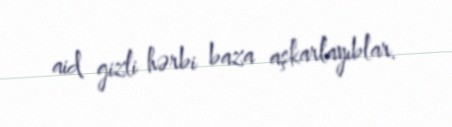
aid gizli hərbi baza aşkarlayıblar.